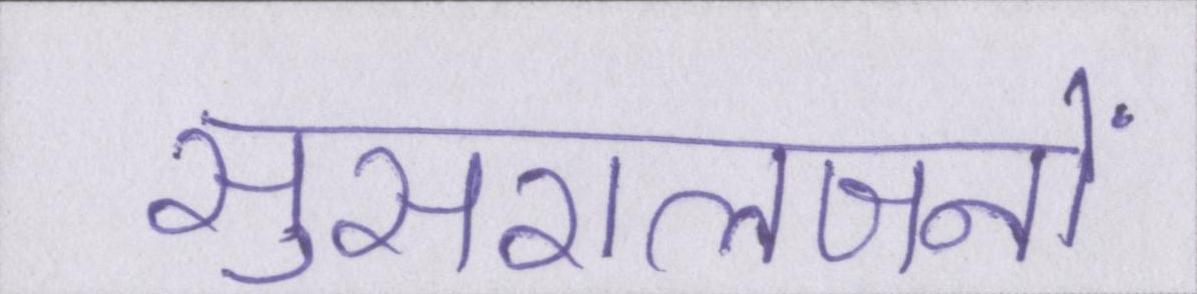
सुसरालजनों